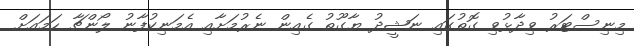
މިނިސްޓަރު ވިދާޅުވި ގޮތުގައި ނަޝީދު ޔާގޫތު ގެއިން ނެރުމަށާއި އެމަނިކުފާނު ލޯންޗާ ހަމައަށް